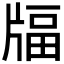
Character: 𤗚